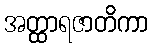
အတ္ထာရဇာတိကာ